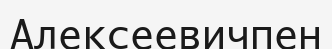
Алексеевичпен